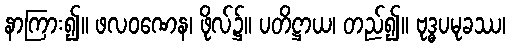
နာကြား၍။ ဖလဝဏေန၊ ဖိုလ်၌။ ပတိဋ္ဌာယ၊ တည်၍။ ဗုဒ္ဓပမုခဿ၊